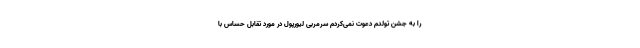
را به جشن تولدم دعوت نمی‌کردم سرمربی لیورپول در مورد تقابل حساس با